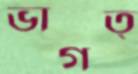
ভাগত্